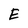
Character: E